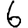
Digit: 6